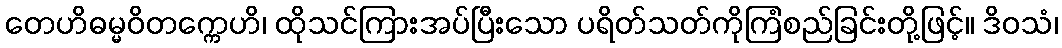
တေဟိဓမ္မဝိတက္ကေဟိ၊ ထိုသင်ကြားအပ်ပြီးသော ပရိတ်သတ်ကိုကြံစည်ခြင်းတို့ဖြင့်။ ဒိဝသံ၊